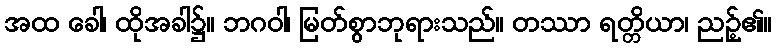
အထ ခေါ၊ ထိုအခါ၌။ ဘဂဝါ၊ မြတ်စွာဘုရားသည်။ တဿာ ရတ္တိယာ၊ ညဉ့်၏။